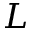
L